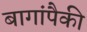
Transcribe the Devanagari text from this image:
बागांपैकी